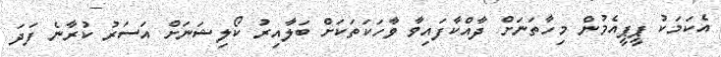
އެކަމަކު ޕީޕީއެމުން މިހާތަނަށް ދާއްކާފައިވާ ވާހަކަތަކަށް ބަލާއިރު ކޯލިޝަނަށް އަސަރު ކުރާނެ ފަދަ